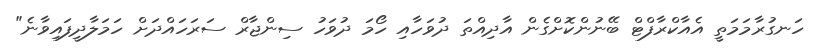
ހަނގުރާމަމަތީ އެެއާކްރާފްޓް ބޭނުންކޮށްގެން އާދިއްތަ ދުވަހާއި ހޯމަ ދުވަހު ސިންޖާރް ސަރަހައްދަށް ހަމަލާދީފައިވާނެ"